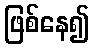
ဖြစ်နေ၍